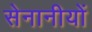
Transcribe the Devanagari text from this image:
सेनानीयों